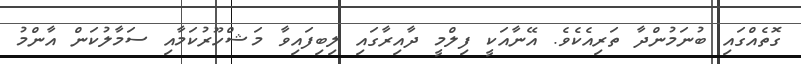
ގޮތެއްގައި ބުނަމުންދާ ތަރިއެކެވެ. އޭނާއަކީ ފިލްމީ ދާއިރާގައި ލިބިފައިވާ މަޝްހޫރުކަމާއި ސަމާލުކަން އާންމު